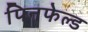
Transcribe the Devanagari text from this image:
पिनफेल्ड